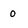
Character: 0